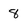
Character: 8